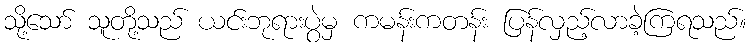
သို့သော် သူတို့သည် ယင်းဘုရားပွဲမှ ကမန်းကတန်း ပြန်လှည့်လာခဲ့ကြရသည်။